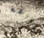
دوركم